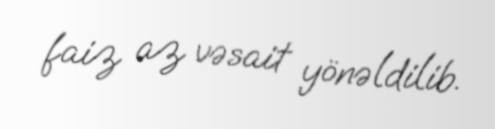
faiz az vəsait yönəldilib.